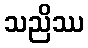
သညိဿ